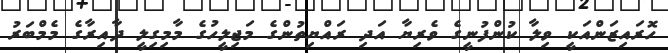
ހޮރައިޒަންއަކީ ވިލާ ކުންފުނީގެ ވެރިޔާ އަދި ރައްޔިތުންގެ މަޖިލީހުގެ މާމިގިލީ ދާއިރާގެ މެމްބަރު